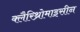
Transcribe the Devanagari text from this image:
क्लैरिथ्रोमाइसीन